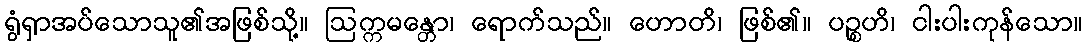
ရွံရှာအပ်သောသူ၏အဖြစ်သို့။ ဩက္ကမန္တော၊ ရောက်သည်။ ဟောတိ၊ ဖြစ်၏။ ပဉ္စဟိ၊ ငါးပါးကုန်သော။